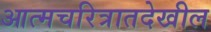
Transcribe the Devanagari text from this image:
आत्मचरित्रातदेखील